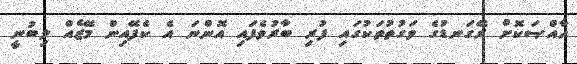
ޚާއްޞަކޮށް ރޭގަނޑުގެ ވަގުތުތަކުގައި ފުރި ބާރުވެފައި އޮންނަ އެ ކެފޭއިން މޭޒެއް ލިބުނީ